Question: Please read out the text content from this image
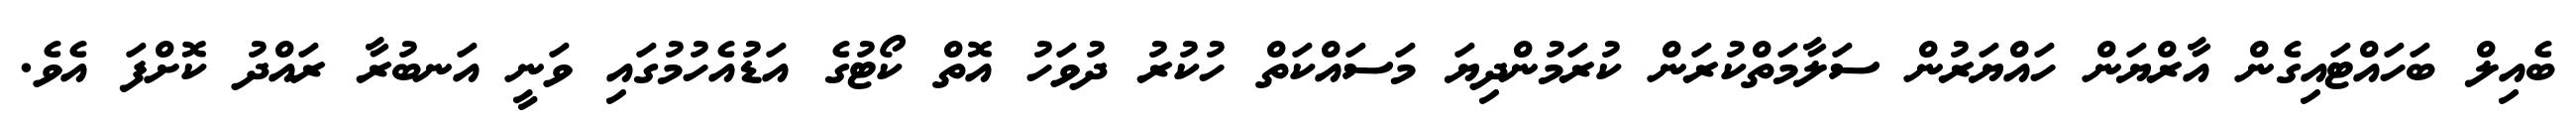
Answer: ބެއިލް ބަހައްޓައިގެން އާރްޔަން ހައްޔަރުން ސަލާމަތްކުރަން ކުރަމުންދިޔަ މަސައްކަތް ހުކުރު ދުވަހު އޮތް ކޯޓުގެ އަޑުއެހުމުގައި ވަނީ އަނބުރާ ރައްދު ކޮށްފަ އެވެ.